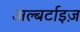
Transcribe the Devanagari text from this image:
अल्बर्टाइज़